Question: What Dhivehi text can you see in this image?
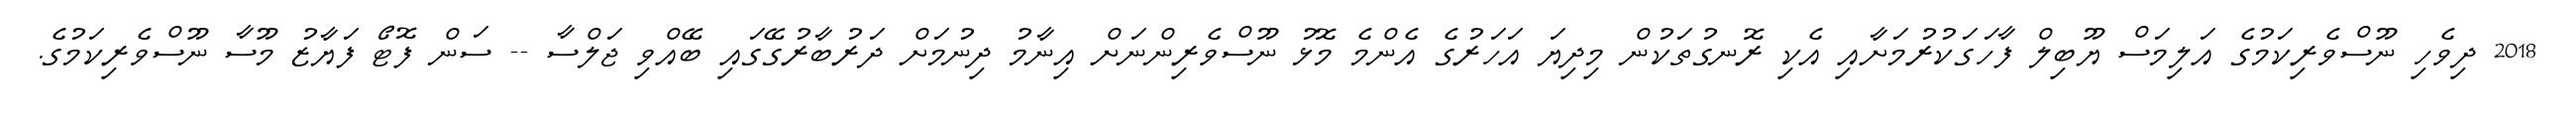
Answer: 2018 ދިވެހި ނޫސްވެރިކަމުގެ އަލިމަސް ޔޫބިލް ފާހަގަކުރުމަށާއި އެކި ރޮނގުތަކުން މިދިޔަ އަހަރުގެ އެންމެ މޮޅު ނޫސްވެރިންނަށް އިނާމު ދިނުމަށް ދަރުބާރުގޭގައި ބޭއްވި ޖަލްސާ -- ސަން ފޮޓޯ ފަޔާޒު މޫސާ ނޫސްވެރިކަމުގެ.